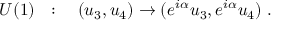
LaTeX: U ( 1 ) ~ ~ : \quad ( u _ { 3 } , u _ { 4 } ) \to ( e ^ { i \alpha } u _ { 3 } , e ^ { i \alpha } u _ { 4 } ) ~ .